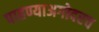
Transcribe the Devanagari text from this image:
पाहण्याअगोदरच